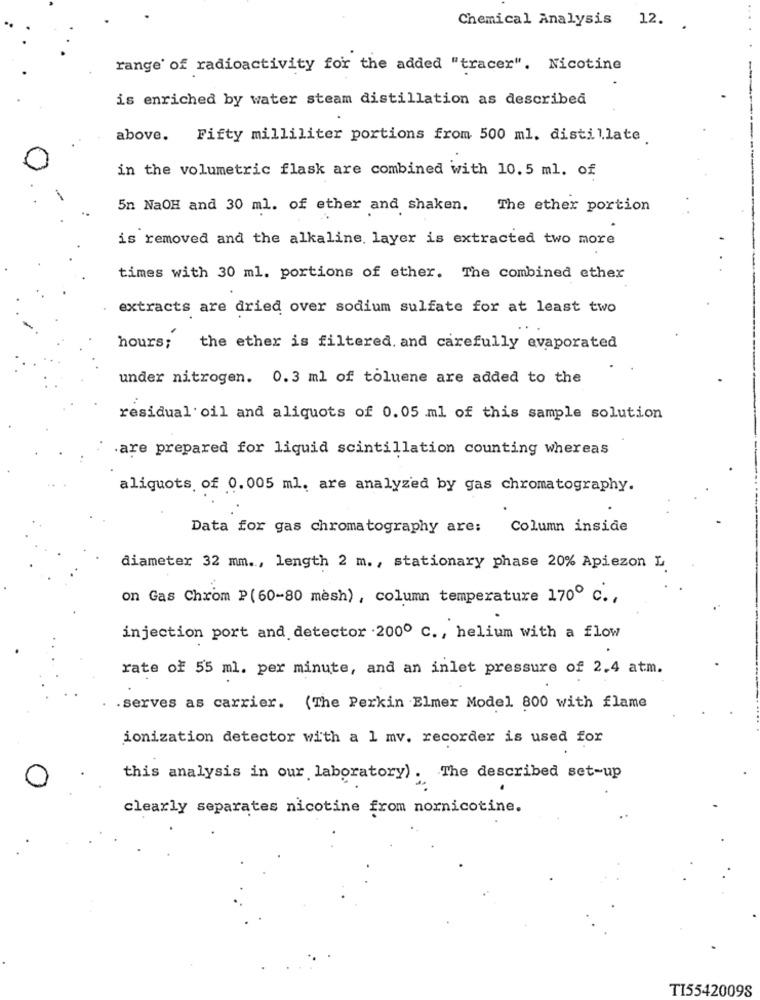
Chemical Analysis 12.
range of radioactivity for the added "tracer". Nicotine
is enriched by water steam distillation as described
above. Fifty milliliter portions from 500 ml, distillate
in the volumetric flask are combined with 10.5 ml. of
5n NaOH and 30 ml. of ether and shaken. The ether portion
is removed and the alkaline, layer is extracted two more
times with 30 ml. portions of ether. The combined ether
extracts are dried over sodium sulfate for at least two
hours;
the ether is filtered. and carefully evaporated
under nitrogen. 0.3 ml of toluene are added to the
residual oil and aliquots of 0.05 ml of this sample solution
.are prepared for liquid scintillation counting whereas
aliquots, of 0.005 ml. are analyzed by gas chromatography.
Data for gas chromatography are:
Column inside
diameter 32 mm ., length 2 m ., stationary phase 20% Apiezon L
on Gas Chrom P(60-80 mesh) , column temperature 170º c .,
injection port and detector .200º C ., helium with a flow
rate of 55 ml. per minute, and an inlet pressure of 2.4 atm.
.serves as carrier. (The Perkin Elmer Model 800 with flame
ionization detector with a 1 mv. recorder is used for
this analysis in our laboratory). The described set-up
clearly separates nicotine from nornicotine.
TI55420098